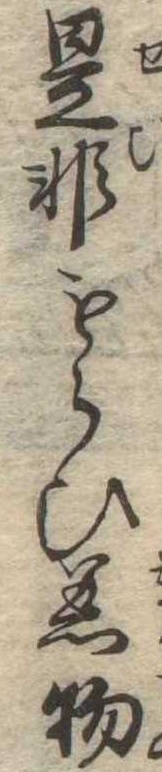
是非もらひ着物